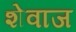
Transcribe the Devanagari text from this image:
शेवाज